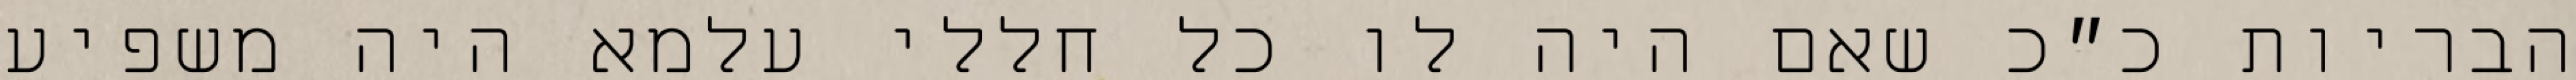
הבריות כ״כ שאם היה לו כל חללי עלמא היה משפיע